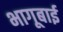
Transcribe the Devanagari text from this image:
भागूबाई